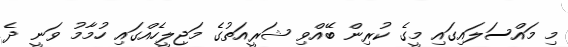
މި މައްސަލައިގައި މީގެ ކުރިން ބޭއްވި ޝަރީއަތުގެ މަޖިލީހެއްގައި ހުމާމު ވަނީ ދެ